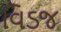
વિડજ